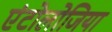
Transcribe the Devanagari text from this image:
एंटोलोजिया